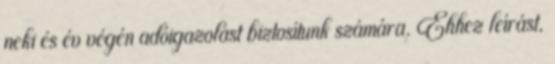
neki és év végén adóigazolást biztosítunk számára. Ehhez leírást,